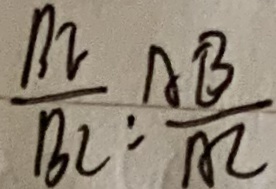
\frac { B _ { 2 } } { B _ { 2 } } : \frac { A B } { A C }